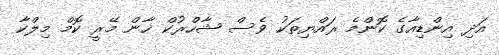
އަދި އިންޑިއާގެ ކޮންމެ ރައްޔިތަކު ވެސް ޝާހްރުކް ޚާން މޭރީ ކޮމް މިލްކާ